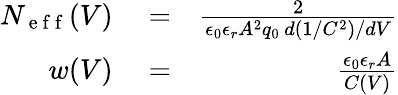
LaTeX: \begin{array}{rlr}{N_{\mathrm{~e~f~f~}}(V)}&{{}=}&{\frac{2}{\epsilon_{0}\epsilon_{r}A^{2}q_{0}\, d(1/C^{2})/dV}}\\ {w(V)}&{{}=}&{\frac{\epsilon_{0}\epsilon_{r}A}{C(V)}}\end{array}